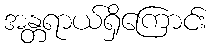
အန္တရာယ်ရှိကြောင်း